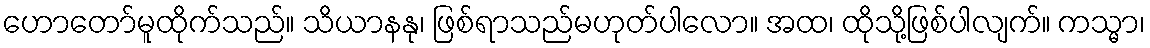
ဟောတော်မူထိုက်သည်။ သိယာနနု၊ ဖြစ်ရာသည်မဟုတ်ပါလော။ အထ၊ ထိုသို့ဖြစ်ပါလျက်။ ကသ္မာ၊